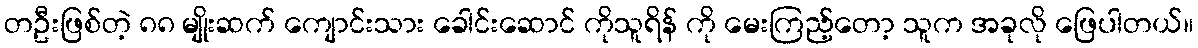
တဦးဖြစ်တဲ့ ၈၈ မျိုးဆက် ကျောင်းသား ခေါင်းဆောင် ကိုသူရိန် ကို မေးကြည့်တော့ သူက အခုလို ဖြေပါတယ်။